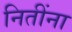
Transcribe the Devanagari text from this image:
नितींना